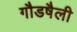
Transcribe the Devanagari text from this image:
गौडषैली